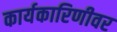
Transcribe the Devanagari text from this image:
कार्यकारिणीवर